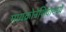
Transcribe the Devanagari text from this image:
मायक्रोनेशियामध्ये